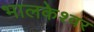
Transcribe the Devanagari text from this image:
भालकेश्वर